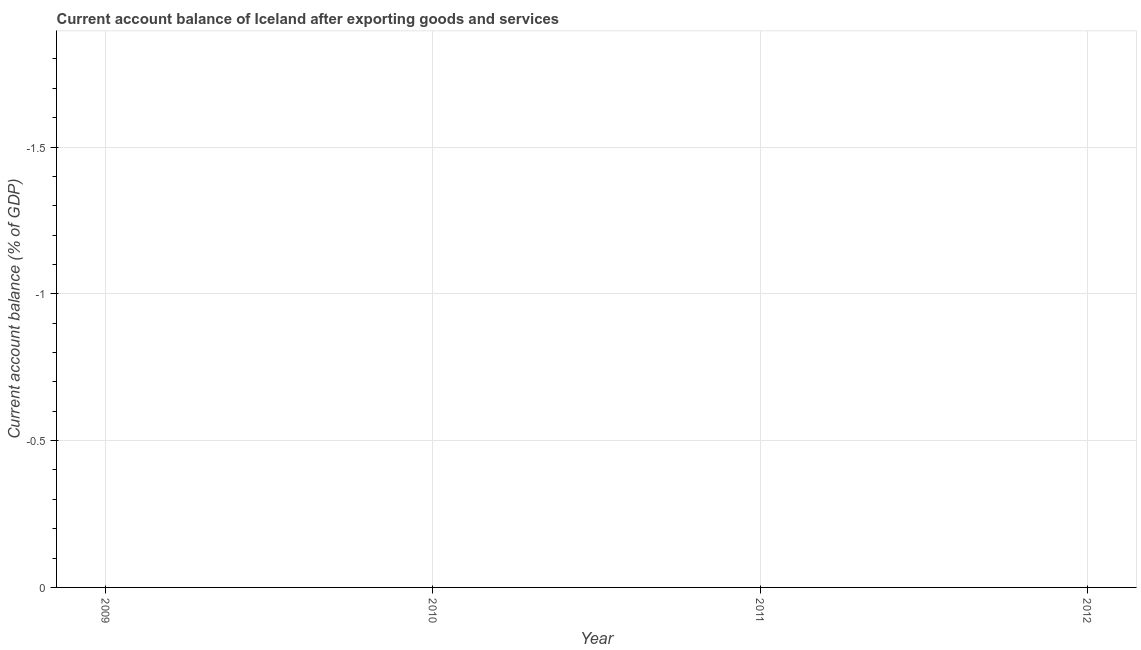
| Year | Current account balance |
 | --- | --- |
 | 2009 | -5.43 |
 | 2010 | -2.13 |
 | 2011 | -4.21 |
 | 2012 | -6.78 |